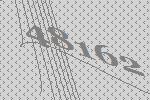
48162